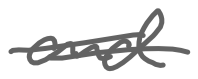
Text: and
Cross-out: double-line
Writing tool: digital_gray